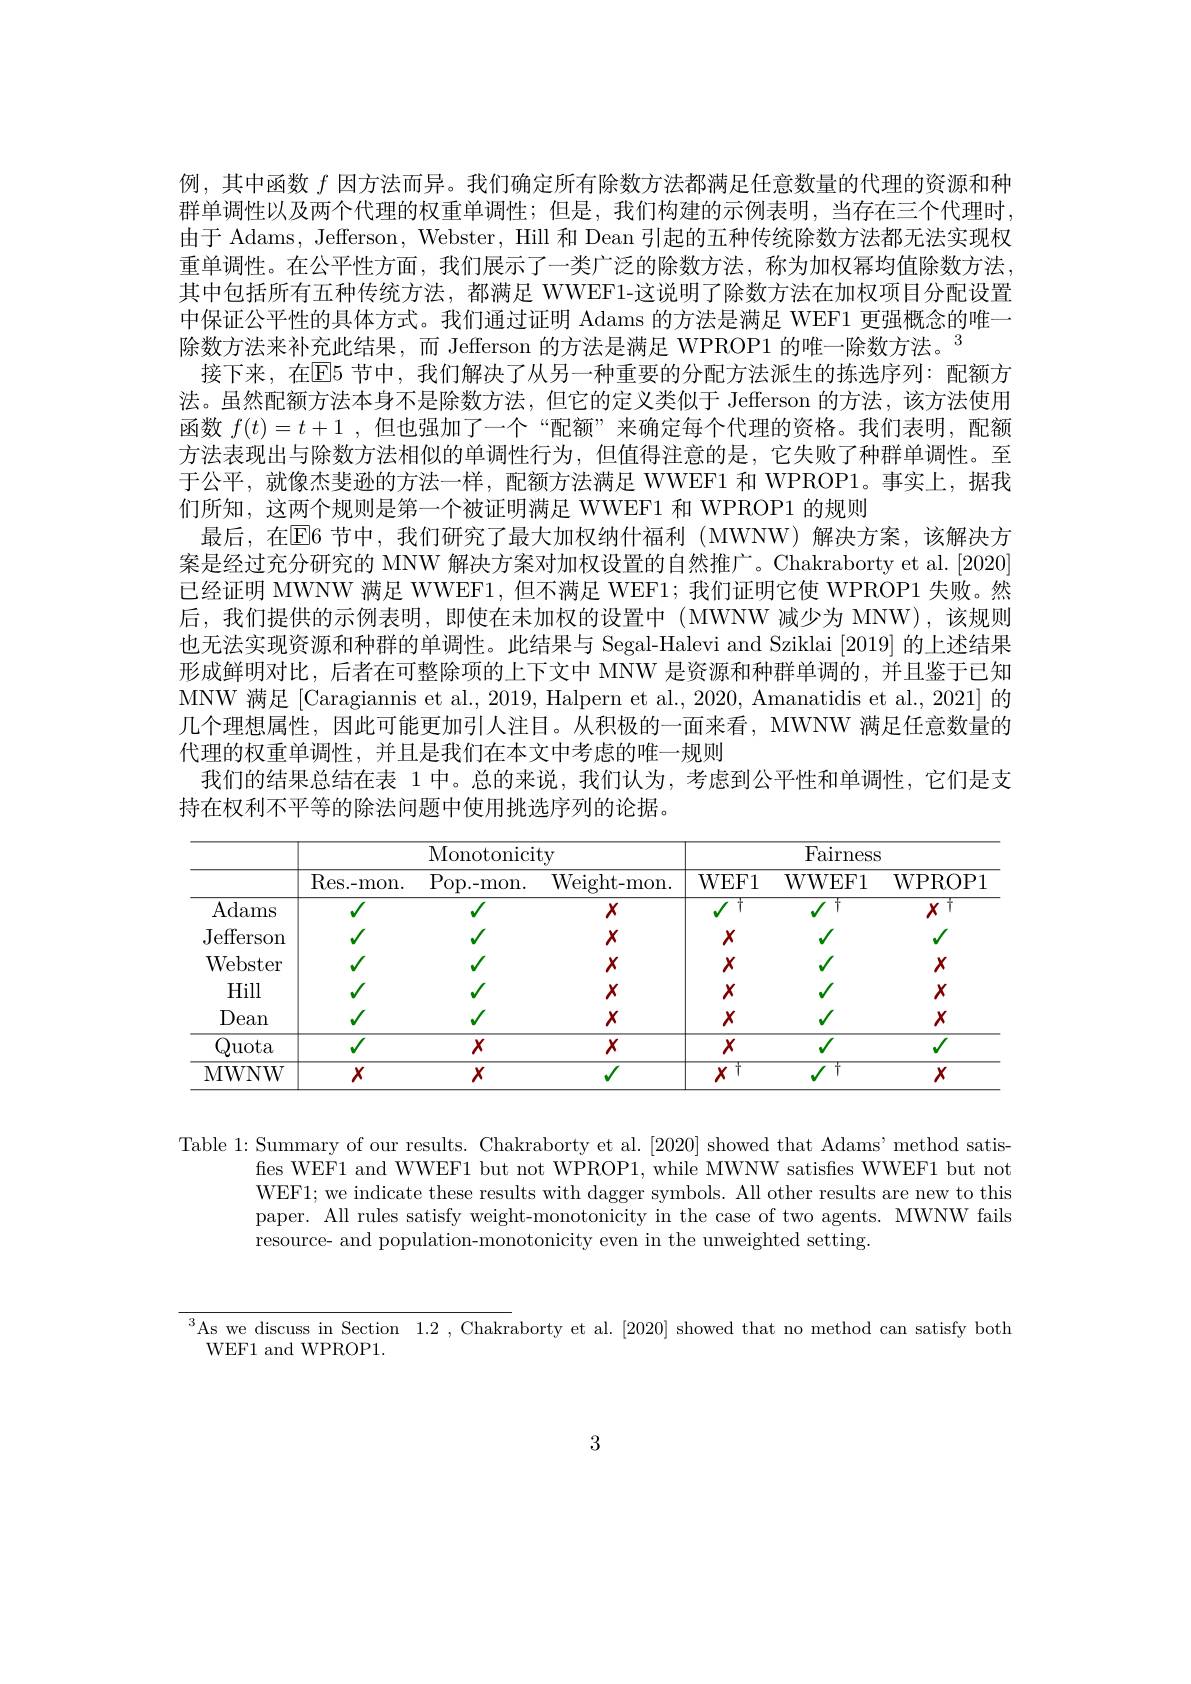
例，其中函数$f$因方法而异。我们确定所有除数方法都满足任意数量的代理的资源和种群单调性以及两个代理的权重单调性；但是，我们构建的示例表明，当存在三个代理时， 由于 Adams, Jefferson, Webster, Hill 和 Dean 引起的五种传统除数方法都无法实现权重单调性。在公平性方面，我们展示了一类广泛的除数方法，称为加权幂均值除数方法。其中包括所有五种传统方法，都满足 WWEF1-这说明了除数方法在加权项目分配设置中保证公平性的具体方式。我们通过证明 Adams 的方法是满足 WEF1 更强概念的唯一除数方法来补充此结果，而 Jefferson 的方法是满足 WPROP1 的唯一除数方法。$^{3}$
接下来，在$\overline{\mathrm{E}}$5 节中，我们解决了从另一种重要的分配方法派生的拣选序列：配额方法。虽然配额方法本身不是除数方法，但它的定义类似于 Jefferson 的方法，该方法使用函数$f(t)=t+1$ ,但也强加了一个 “配额”来确定每个代理的资格。我们表明，配额方法表现出与除数方法相似的单调性行为，但值得注意的是，它失败了种群单调性。至于公平，就像杰斐逊的方法一样，配额方法满足 WWEF1 和 WPROP1。事实上，据我们所知，这两个规则是第一个被证明满足 WWEF1 和 WPROP1 的规则
最后，在$\overline{\mathrm{E}}$6 节中，我们研究了最大加权纳什福利(MWNW)解决方案，该解决方案是经过充分研究的 MNW 解决方案对加权设置的自然推广。Chakraborty et al.[2020] 已经证明 MWNW 满足 WWEF1,但不满足 WEF1; 我们证明它使 WPROP1 失败。然后，我们提供的示例表明，即使在未加权的设置中(MWNW 减少为 MNW),该规则也无法实现资源和种群的单调性。此结果与 Segal-Halevi and Sziklai [2019] 的上述结果形成鲜明对比，后者在可整除项的上下文中 MNW 是资源和种群单调的，并且鉴于已知MNW 满足 [Caragiannis et al., 2019, Halpern et al., 2020, Amanatidis et al., 2021] 的几个理想属性，因此可能更加引人注目。从积极的一面来看，MWNW 满足任意数量的代理的权重单调性，并且是我们在本文中考虑的唯一规则
我们的结果总结在表 1 中。总的来说，我们认为，考虑到公平性和单调性，它们是支
持在权利不平等的除法问题中使用挑选序列的论据。

<table>
	<tbody>
		<tr>
			<th> </th>
			<th colspan="3">Monotonicity</th>
			<th> </th>
			<th>Fairness</th>
			<th>$iS$</th>
		</tr>
		<tr>
			<th> </th>
			<th>Res. - mon. </th>
			<th>$\operatorname{Pop.-mon}.$</th>
			<th>Weight- mon.</th>
			<th>WEF1</th>
			<th>WWEF1</th>
			<th>WPROP1</th>
		</tr>
		<tr>
			<td>Adams</td>
			<td>$\sqrt{1}$</td>
			<td>$\sqrt{1}$</td>
			<td>$X$</td>
			<td>$V$ $\daleth$</td>
			<td>$干$ $V$</td>
			<td>$XT$</td>
		</tr>
		<tr>
			<td>${\mathrm{Jefferson}}$</td>
			<td> </td>
			<td> </td>
			<td>$X$</td>
			<td>$X$</td>
			<td> </td>
			<td> </td>
		</tr>
		<tr>
			<td>Webster</td>
			<td> </td>
			<td> </td>
			<td>$X$</td>
			<td>$X$</td>
			<td> </td>
			<td>$X$</td>
		</tr>
		<tr>
			<td>Hill</td>
			<td> </td>
			<td> </td>
			<td>$X$</td>
			<td>$X$</td>
			<td> </td>
			<td>$X$</td>
		</tr>
		<tr>
			<td>Dean</td>
			<td>$\sqrt{1}$</td>
			<td> </td>
			<td>$X$</td>
			<td>$X$</td>
			<td> </td>
			<td>$X$</td>
		</tr>
		<tr>
			<td>Quota</td>
			<td>$\sqrt{1}$</td>
			<td>$X$</td>
			<td>$X$</td>
			<td>$X$</td>
			<td> </td>
			<td> </td>
		</tr>
		<tr>
			<td>MWNW</td>
			<td>$X$</td>
			<td>$X$</td>
			<td> </td>
			<td>$X$ 1</td>
			<td>$\dagger$</td>
			<td>$X$</td>
		</tr>
	</tbody>
</table>

Table 1: Summary of our results. Chakraborty et al.[2020] showed that Adams' method satis-
fies WEF1 and WWEF1 but not WPROP1, while MWNW satisfes WWEF1 but not WEF1; we indicate these results with dagger symbols. All other results are new to this paper. All rules satisfy weight-monotonicity in the case of two agents. MWNW fails resource- and population-monotonicity even in the unweighted setting.

$^3$As we discuss in Section 1.2 ,Chakraborty et al.[2020] showed that no method can satisfy both
WEF1 and WPROP1.

3